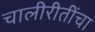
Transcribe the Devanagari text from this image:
चालीरीतींचा